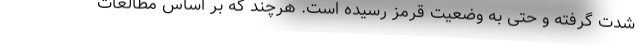
شدت گرفته و حتی به وضعیت قرمز رسیده است. هرچند که بر اساس مطالعات